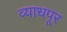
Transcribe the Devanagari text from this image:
व्याधपूर